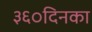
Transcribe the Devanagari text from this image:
३६०दिनका